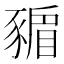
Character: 𧱸